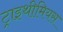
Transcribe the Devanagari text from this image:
ट्राइथीमियस